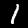
Label: 1